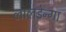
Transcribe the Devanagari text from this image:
लालडेन्गा